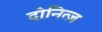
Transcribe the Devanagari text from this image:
दोनित्ज़